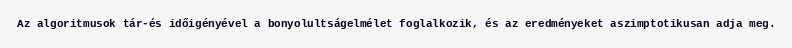
Az algoritmusok tár-és időigényével a bonyolultságelmélet foglalkozik, és az eredményeket aszimptotikusan adja meg.